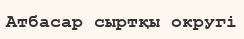
Атбасар сыртқы округі